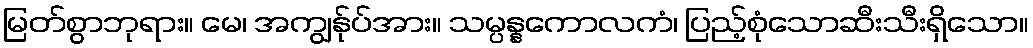
မြတ်စွာဘုရား။ မေ၊ အကျွန်ုပ်အား။ သမ္ပန္နကောလကံ၊ ပြည့်စုံသောဆီးသီးရှိသော။